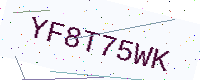
Text: YF8T75WK